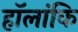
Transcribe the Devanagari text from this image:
हॉलांकि